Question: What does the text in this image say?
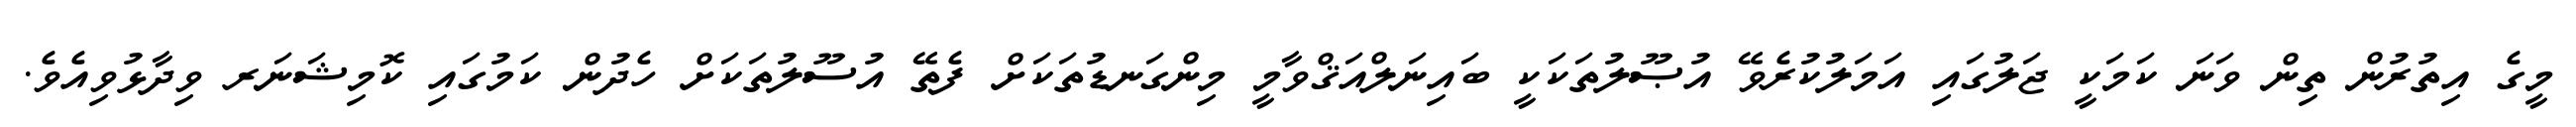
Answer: މީގެ އިތުރުން ތިން ވަނަ ކަމަކީ ޖަލުގައި އަމަލުކުރެވޭ އުޞޫލުތަކަކީ ބައިނަލްއަޤްވާމީ މިންގަނޑުތަކަށް ފެތޭ އުސޫލުތަކަށް ހެދުން ކަމުގައި ކޮމިޝަނަރ ވިދާޅުވިއެވެ.